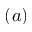
( a )